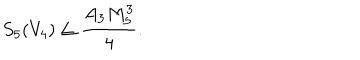
S _ { 5 } ( V _ { 4 } ) \leq \frac { A _ { 3 } M _ { 5 } ^ { 3 } } { 4 } .